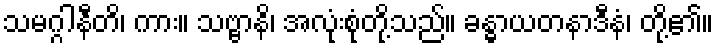
သမဂ္ဂါနီတိ၊ ကား။ သဗ္ဗာနိ၊ အလုံးစုံတို့သည်။ ခန္ဓာယတနာဒီနံ၊ တို့၏။